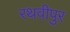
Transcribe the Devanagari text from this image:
रथवीपुर